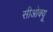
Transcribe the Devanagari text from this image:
सीओक्यू